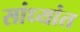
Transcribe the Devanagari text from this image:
सांध्यांत